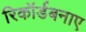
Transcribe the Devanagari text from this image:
रिकॉर्डबनाए